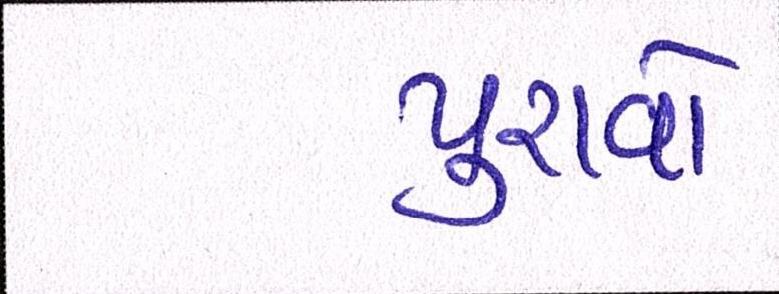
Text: પુરાવો